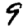
Digit: 9